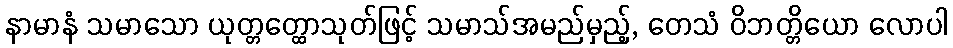
နာမာနံ သမာသော ယုတ္တတ္ထောသုတ်ဖြင့် သမာသ်အမည်မှည့်, တေသံ ဝိဘတ္တိယော လောပါ